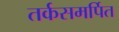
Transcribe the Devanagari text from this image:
तर्कसमर्पित